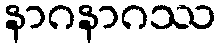
နာဂနာဂဿ